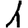
Digit: 1